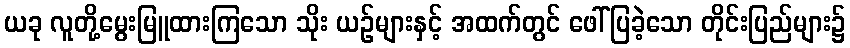
ယခု လူတို့မွေးမြူထားကြသော သိုး ယဉ်များနှင့် အထက်တွင် ဖေါ်ပြခဲ့သော တိုင်းပြည်များ၌